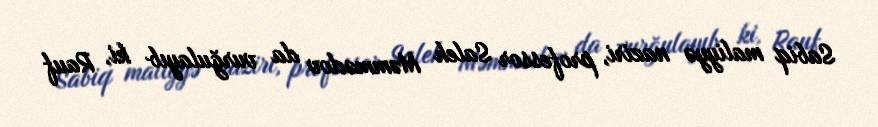
Sabiq maliyyə naziri, professor Saleh Məmmədov da vurğulayıb ki, Rauf